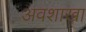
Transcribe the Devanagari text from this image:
अवशाखा